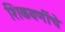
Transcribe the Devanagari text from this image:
शिकवणींचे